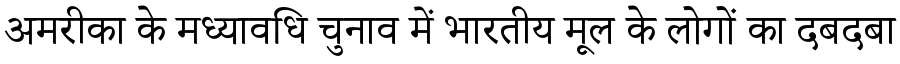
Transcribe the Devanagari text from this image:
अमरीका के मध्यावधि चुनाव में भारतीय मूल के लोगों का दबदबा